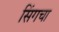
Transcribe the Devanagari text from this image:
सिंगचा